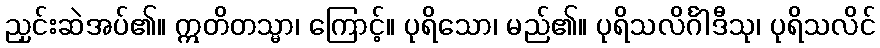
ညှင်းဆဲအပ်၏။ ဣတိတသ္မာ၊ ကြောင့်။ ပုရိသော၊ မည်၏။ ပုရိသလိင်္ဂါဒီသု၊ ပုရိသလိင်